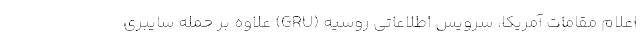
اعلام مقامات آمریکا، سرویس اطلاعاتی روسیه (GRU) علاوه بر حمله سایبری